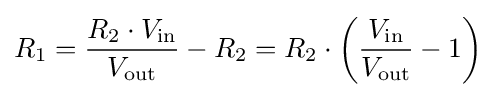
R_{1}={\frac {R_{2}\cdot V_{\mathrm {in} }}{V_{\mathrm {out} }}}-R_{2}=R_{2}\cdot \left({{\frac {V_{\mathrm {in} }}{V_{\mathrm {out} }}}-1}\right)